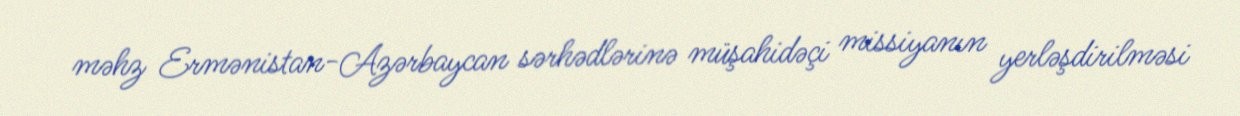
məhz Ermənistan-Azərbaycan sərhədlərinə müşahidəçi missiyanın yerləşdirilməsi